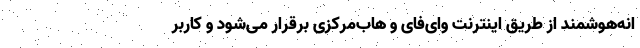
انه‌هوشمند از طریق اینترنت وای‌فای و هاب‌مرکزی برقرار می‌شود و کاربر